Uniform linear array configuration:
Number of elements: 64
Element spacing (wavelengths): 0.75
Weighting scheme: blackman
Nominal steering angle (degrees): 60
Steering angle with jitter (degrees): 58.39
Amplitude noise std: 0.05
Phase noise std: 0.05

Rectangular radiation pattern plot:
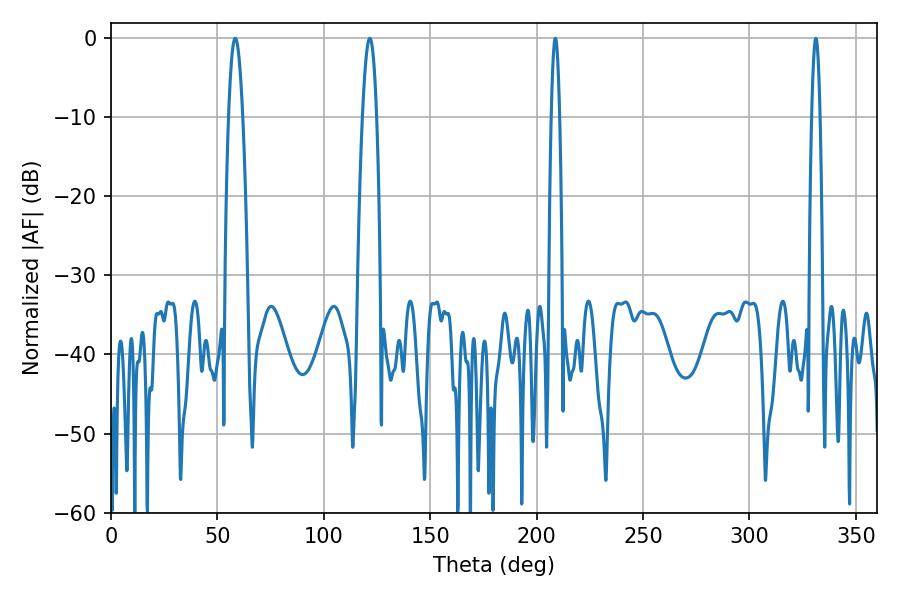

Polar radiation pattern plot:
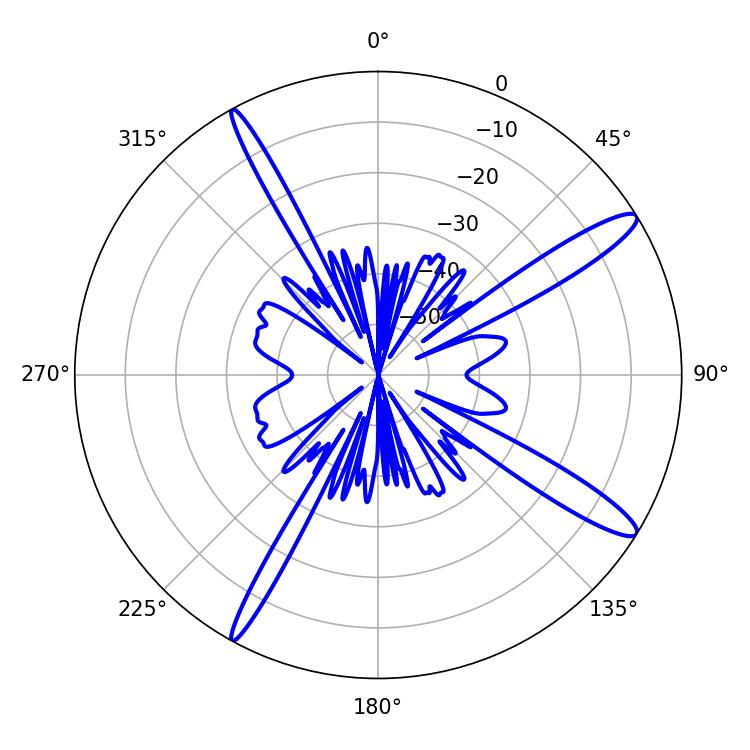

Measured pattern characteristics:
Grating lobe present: TRUE
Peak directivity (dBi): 14.075
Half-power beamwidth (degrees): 2.16
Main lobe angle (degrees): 208.8